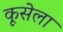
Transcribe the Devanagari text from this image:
कूसेला